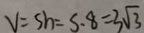
v = s h = s \cdot 8 = 3 \sqrt { 3 }